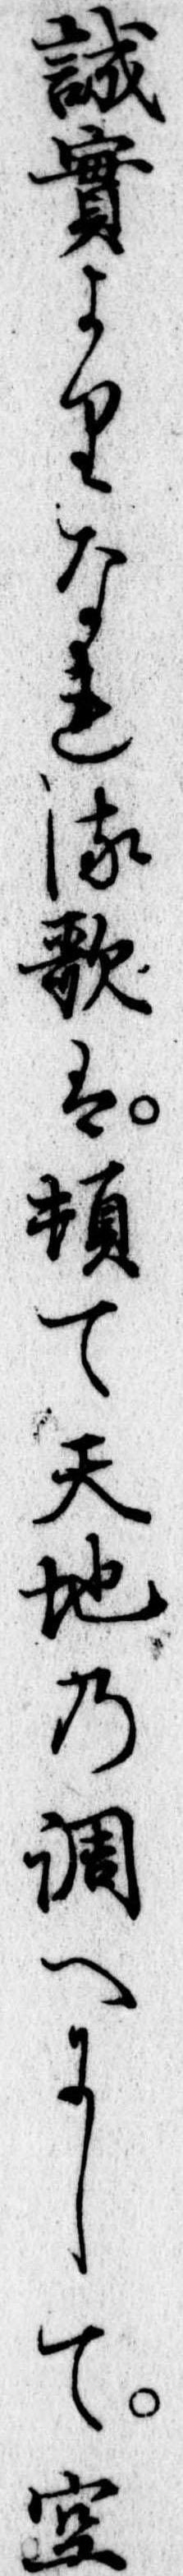
誠実よりなれる歌は頓て天地の調へにして空